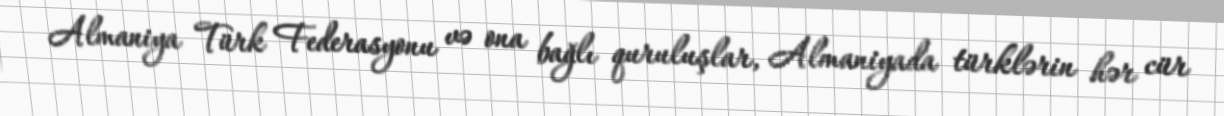
Almaniya Türk Federasyonu və ona bağlı quruluşlar, Almaniyada türklərin hər cür